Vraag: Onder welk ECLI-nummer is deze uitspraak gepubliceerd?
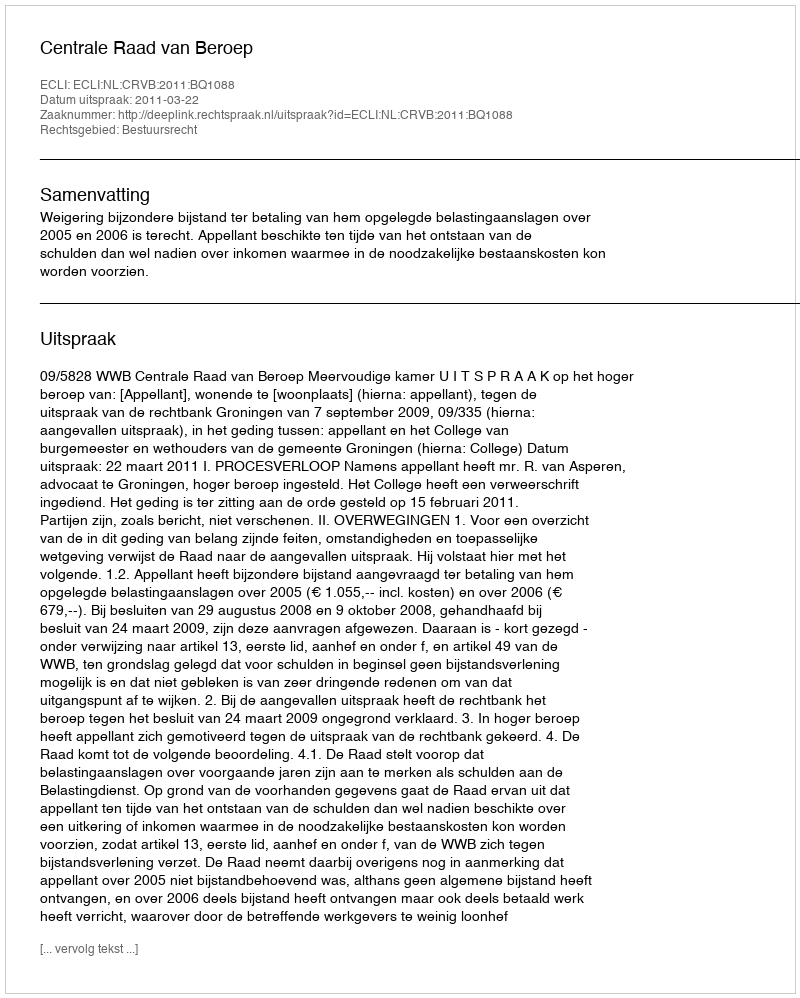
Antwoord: ECLI:NL:CRVB:2011:BQ1088